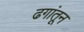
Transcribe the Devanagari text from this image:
ढगांतून